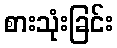
စားသုံးခြင်း